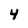
Character: 4